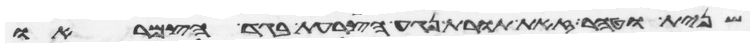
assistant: שנית וטהר זאת תורת נגע הצרעת בגד הצמר או